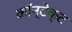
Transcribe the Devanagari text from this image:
काँन्टेक्ट